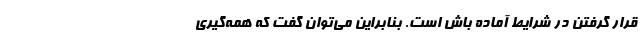
قرار گرفتن در شرایط آماده باش است. بنابراین می‌توان گفت که همه‌گیری